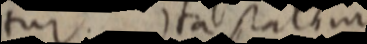
tur. Ita satim